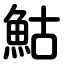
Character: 鮕